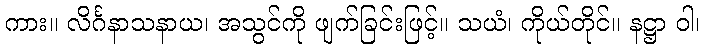
ကား။ လိင်္ဂနာသနာယ၊ အသွင်ကို ဖျက်ခြင်းဖြင့်။ သယံ၊ ကိုယ်တိုင်။ နဋ္ဌာ ဝါ၊